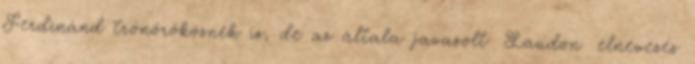
Ferdinánd trónörökösnek is, de az általa javasolt Laudon elnevezés